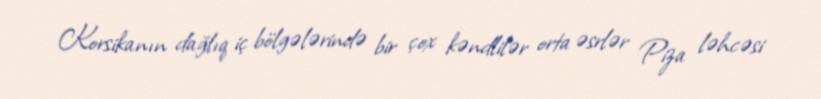
Korsikanın dağlıq iç bölgələrində bir çox kəndlilər orta əsrlər Piza ləhcəsi